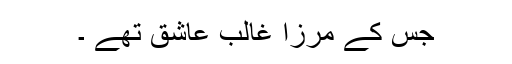
جس کے مرزا غالب عاشق تھے ۔